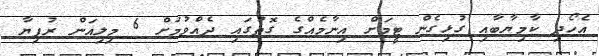
އެހޯދި ކާމިޔާބާއި ގުޅިގެން ޓީމަށް އިނާމެއްގެ ގޮތުގައި ދެއްވުމަށް 6 މިލިއަން ރުފިޔާ